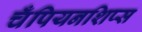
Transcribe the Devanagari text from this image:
चँपियनशिप्स